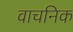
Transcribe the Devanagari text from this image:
वाचनिक